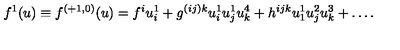
f ^ { 1 } ( u ) \equiv f ^ { ( + 1 , 0 ) } ( u ) = f ^ { i } u _ { i } ^ { 1 } + g ^ { ( i j ) k } u _ { i } ^ { 1 } u _ { j } ^ { 1 } u _ { k } ^ { 4 } + h ^ { i j k } u _ { 1 } ^ { 1 } u _ { j } ^ { 2 } u _ { k } ^ { 3 } + \ldots .